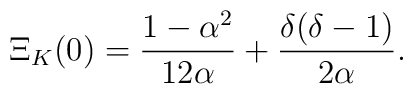
\Xi_{K}(0)={1-\alpha^2\over 12 \alpha} + {\delta(\delta-1)\over 2    \alpha}.